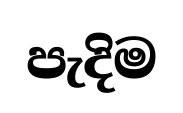
පැදිම